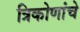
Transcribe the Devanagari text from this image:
त्रिकोणांचे